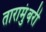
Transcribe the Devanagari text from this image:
तारामुंबरी